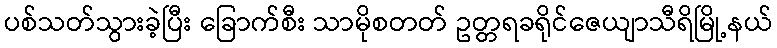
ပစ်သတ်သွားခဲ့ပြီး ခြောက်စီး သာမိုစတတ် ဥတ္တရခရိုင်ဇေယျာသီရိမြို့နယ်